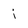
Character: j